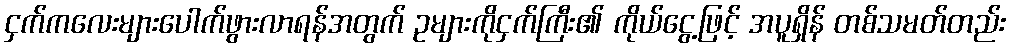
ငှက်ကလေးများပေါက်ဖွားလာရန်အတွက် ဥများကိုငှက်ကြီး၏ ကိုယ်ငွေ့ဖြင့် အပူရှိန် တစ်သမတ်တည်း